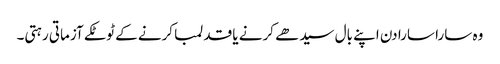
وہ سارا سارا دن اپنے بال سیدھے کرنے یا قد لمبا کرنے کے ٹوٹکے آزماتی رہتی۔